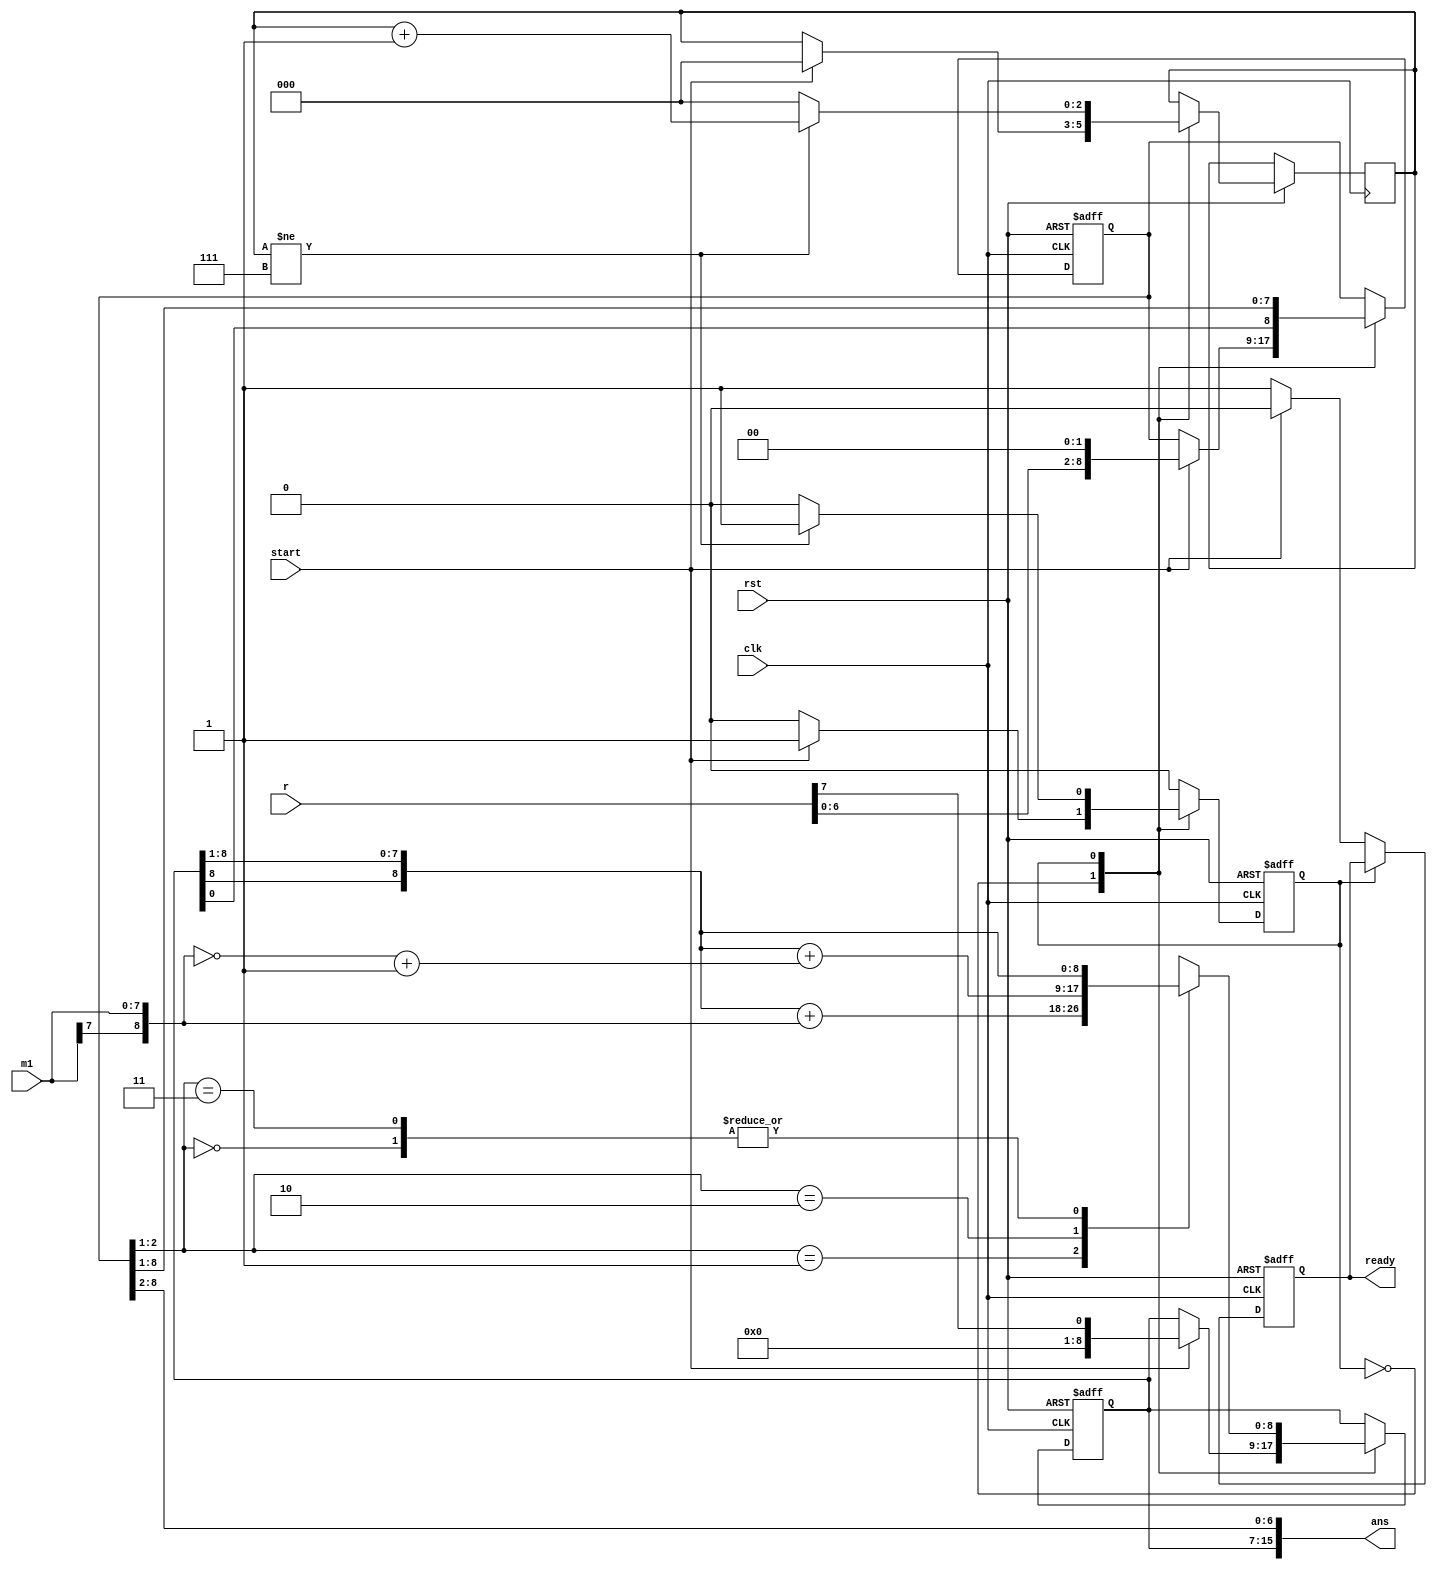

module booth_multiplier(
    output [15:0] ans,
    input [7:0] m1,r,
    input clk,rst,start,
    output reg ready
    );

    wire [8:0] m;
    
    reg [8:0] P_tempH,P_tempL;  
    wire signed[17:0] P;   
    wire signed[8:0] A,S;   
    reg carry;   
    reg [2:0] count;
    reg state;

    assign P={P_tempH[8],P_tempH,P_tempL[8:1]};
    // assign ready=(state==idle);
    assign ans = P[16:1]; 
    assign m = {m1[7],m1[7],m1[6:0]};
    parameter idle = 2'b00,busy = 2'b01;
    assign A = m;    
    assign S = ~m+1'b1;  

    always@(posedge clk, negedge rst)  
        if (!rst) begin
            P_tempH <= 9'b0;
            P_tempL <= 9'b0;
            state <= idle;
            ready<=1'b1;
        end 
        else begin
            case(state)
            idle: begin
                if(start) begin
                    P_tempH <= {8'b0000000,r[7]};
                    P_tempL <= {r[6:0],2'b0};
                    count<=3'd0;
                    state<=busy;
                    ready<=1'b0;
                end
                else begin
                    ready<=1'b1;
                end
            end
            busy: begin
                case(P[1:0])
                    2'b01 : {carry,P_tempH} <= P[17:9]+A;
                    2'b10 : {carry,P_tempH} <= P[17:9]+S;
                    2'b00 : P_tempH <= P[17:9];
                    2'b11 : P_tempH <= P[17:9];
                endcase
                P_tempL<=P[8:0];
                if(count!=3'd7)begin
                    count<=count+1;
                end
                else begin
                    count<=3'b0;
                    state<=idle;
                end
            end
            default: state<=idle;
            endcase
        end
endmodule